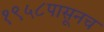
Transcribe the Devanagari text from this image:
१९५८पासूनच